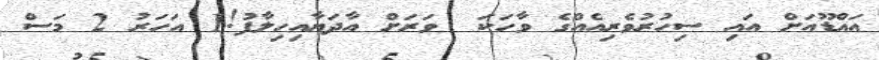
އައްޑޫއަށް އައި ސިހުރުވެރިއެއްގެ ވާހަކަ  ވަރަށް އާދަޔާއިހިލާފު!1 އަހަރު 2 މަސް